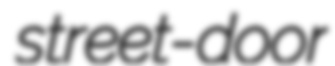
street-door